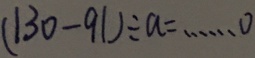
( 1 3 0 - 9 1 ) \div a = \cdots o